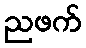
ညဖက်